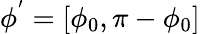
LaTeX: \phi^{'}=[\phi_{0},\pi-\phi_{0}]